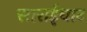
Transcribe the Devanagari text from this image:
साराईघाट